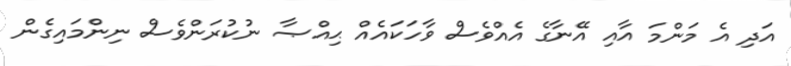
އަދި އެ މަންމަ އާއި އޭނާގެ އެއްވެސް ވާހަކައެއް ޙިއްޞާ ނުކުރަންވެސް ނިންމައިގެން